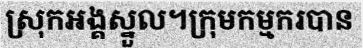
ស្រុកអង្គស្នួល។ក្រុមកម្មករបាន